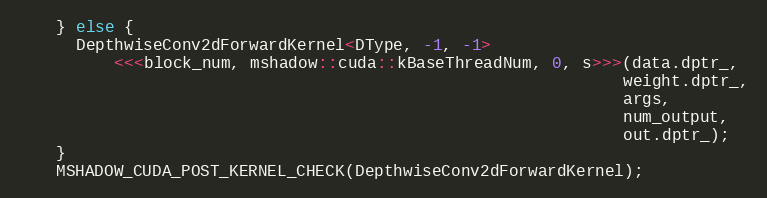
Language: C
    } else {
      DepthwiseConv2dForwardKernel<DType, -1, -1>
          <<<block_num, mshadow::cuda::kBaseThreadNum, 0, s>>>(data.dptr_,
                                                               weight.dptr_,
                                                               args,
                                                               num_output,
                                                               out.dptr_);
    }
    MSHADOW_CUDA_POST_KERNEL_CHECK(DepthwiseConv2dForwardKernel);